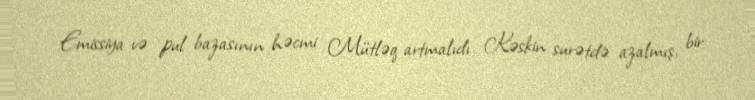
Emissiya və pul bazasının həcmi Mütləq artmalıdı Kəskin surətdə azalmış, bir